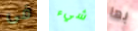
فى شيء بها